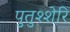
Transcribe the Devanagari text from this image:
पुतुश्शेरि